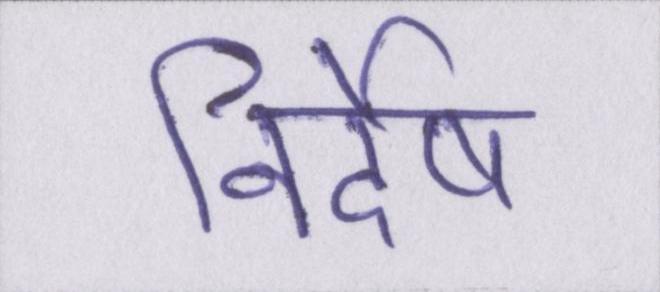
निर्देष